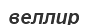
веллир